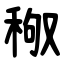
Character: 䅓